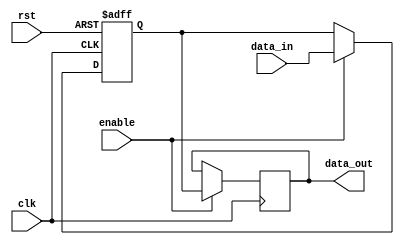
module bypass_register (
    input wire clk,
    input wire rst,
    input wire enable,
    input wire [31:0] data_in,
    output reg [31:0] data_out
);

reg [31:0] reg_data;

always @(posedge clk or posedge rst) begin
    if (rst)
        reg_data <= 32'h0;
    else if (enable)
        reg_data <= data_in;
end

always @(posedge clk) begin
    if (enable)
        data_out <= reg_data;
end

endmodule